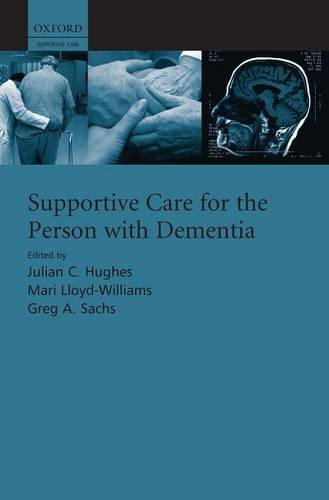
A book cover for Supportive care for the person with dementia; Julian Hughes; Self-Help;